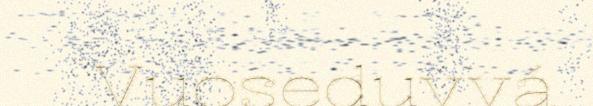
Vuoseduvvá